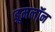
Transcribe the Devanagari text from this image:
ब्रूमलॉन